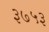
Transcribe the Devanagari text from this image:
३७५३